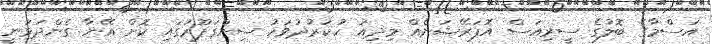
އަސްމާގެ ބޮލުގެ ސީރިއަސް އޮޕަރޭޝަނެއް މިދިއަ ހުކުރުދުވަހު ސިންގަޕޫރުގައި ކޮށް އޭނާ ގެންދަވަނީ